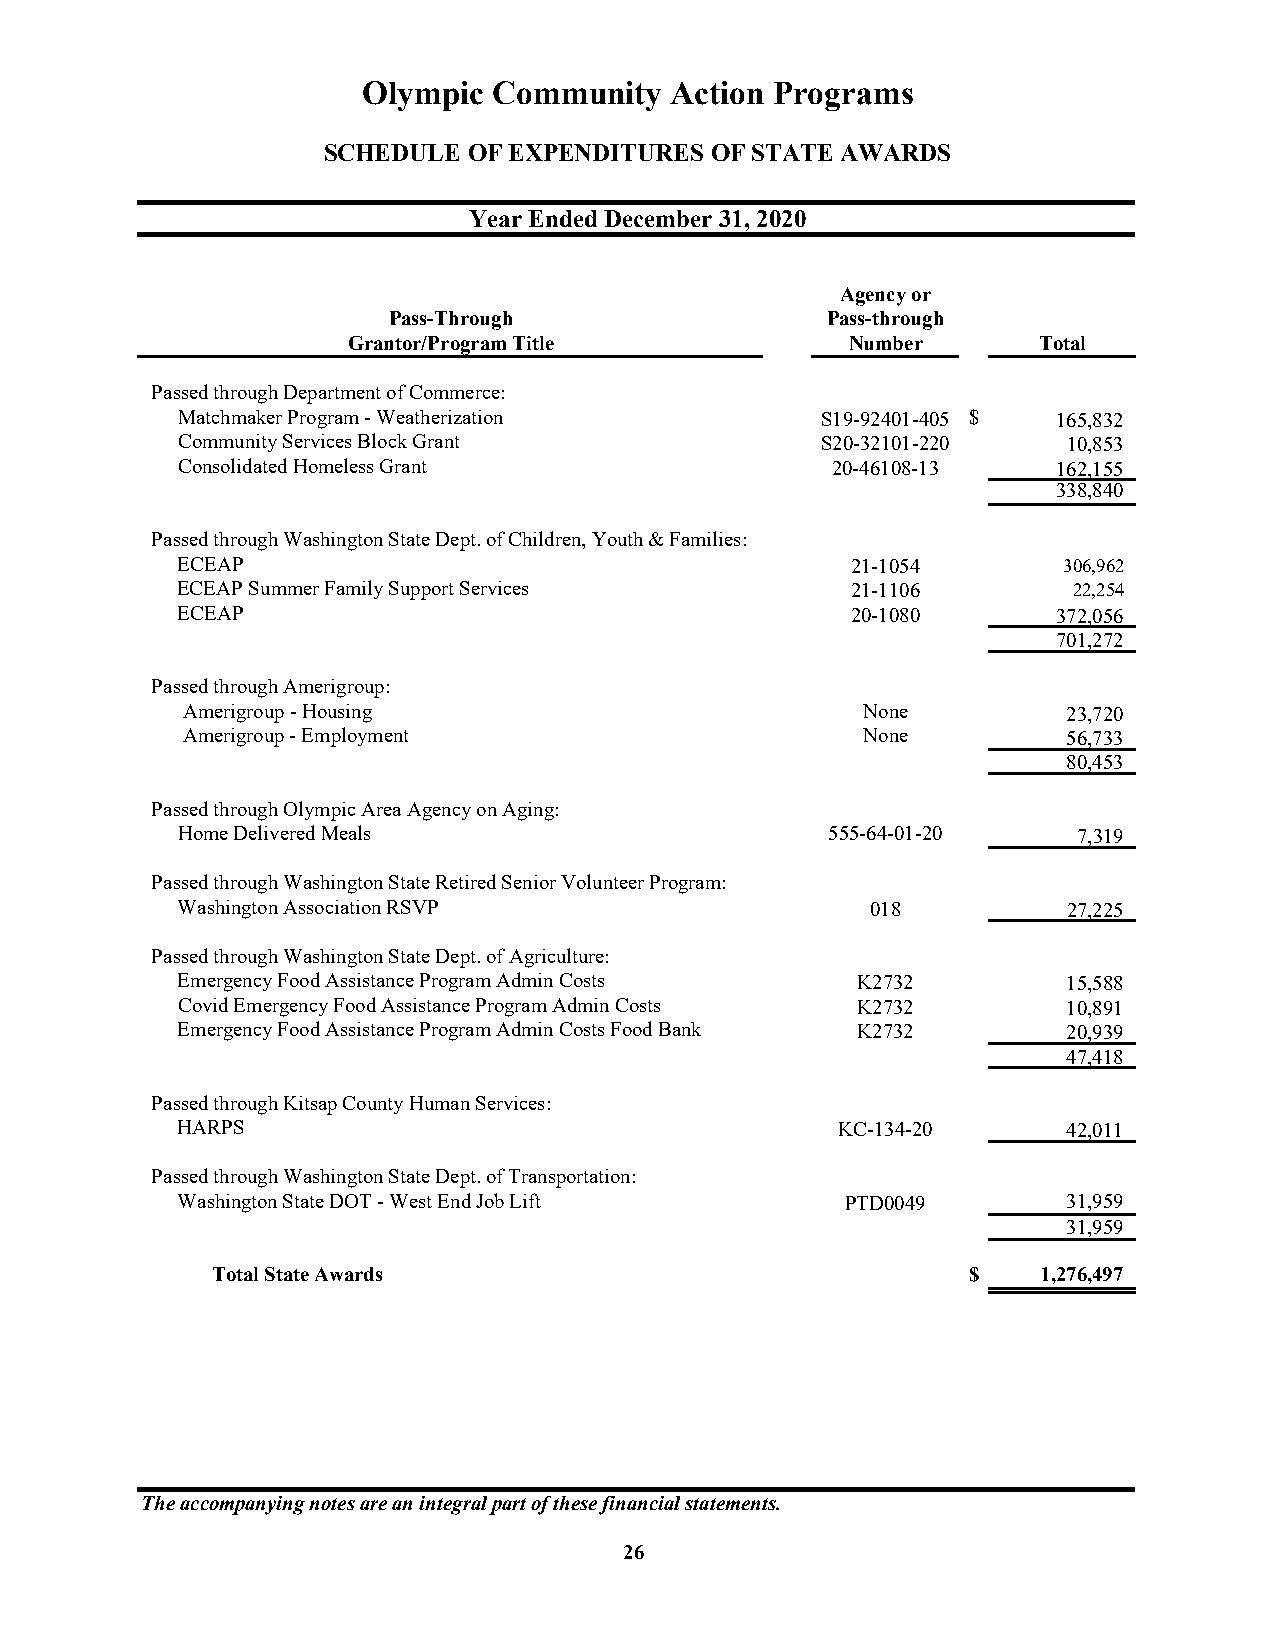
Olympic  Community  Action Programs
 SCHEDULE  OF EXPENDITURES OF STATE AWARDS
 Year Ended December 31, 2020
 Agency or
 Pass-Through                 Pass-through
 Grantor/Program Title            Number       Total
 Passed through Department of Commerce:
 Matchmaker Program - Weatherization       S19-92401-405 $ 1 65,832
 Community Services Block Grant            S20-32101-220    1 0,853
 Consolidated Homeless Grant                20-46108-13    1 62,155
 3 38,840
 Passed through Washington State Dept. of Children, Youth & Families:
 ECEAP                                       21-1054       306,962
 ECEAP Summer Family Support Services        21-1106        22,254
 ECEAP                                       20-1080       3 72,056
 7 01,272
 Passed through Amerigroup:
 Amerigroup - Housing                         None          2 3,720
 Amerigroup - Employment                      None          5 6,733
 8 0,453
 Passed through Olympic Area Agency on Aging:
 Home Delivered Meals                       555-64-01-20    7 ,319
 Passed through Washington State Retired Senior Volunteer Program:
 Washington Association RSVP                   018          2 7,225
 Passed through Washington State Dept. of Agriculture:
 Emergency Food Assistance Program Admin Costs K2732        1 5,588
 Covid Emergency Food Assistance Program Admin Costs K2732  1 0,891
 Emergency Food Assistance Program Admin Costs Food Bank K2732 2 0,939
 4 7,418
 Passed through Kitsap County Human Services:
 HARPS                                      KC-134-20       4 2,011
 Passed through Washington State Dept. of Transportation:
 Washington State DOT - West End Job Lift    PTD0049        3 1,959
 3 1,959
 Total State Awards                                $    1 ,276,497
 The accompanying notes are an integral part of these financial statements.
 26